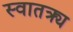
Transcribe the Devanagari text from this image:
स्वातत्र्य